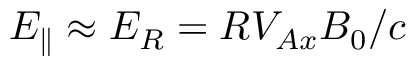
E _ { \parallel } \approx E _ { R } = R V _ { A x } B _ { 0 } / c